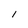
Character: l